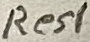
Text: Res1